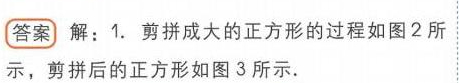
**答案** 解：1. 剪拼成大的正方形的过程如图2所示，剪拼后的正方形如图3所示.